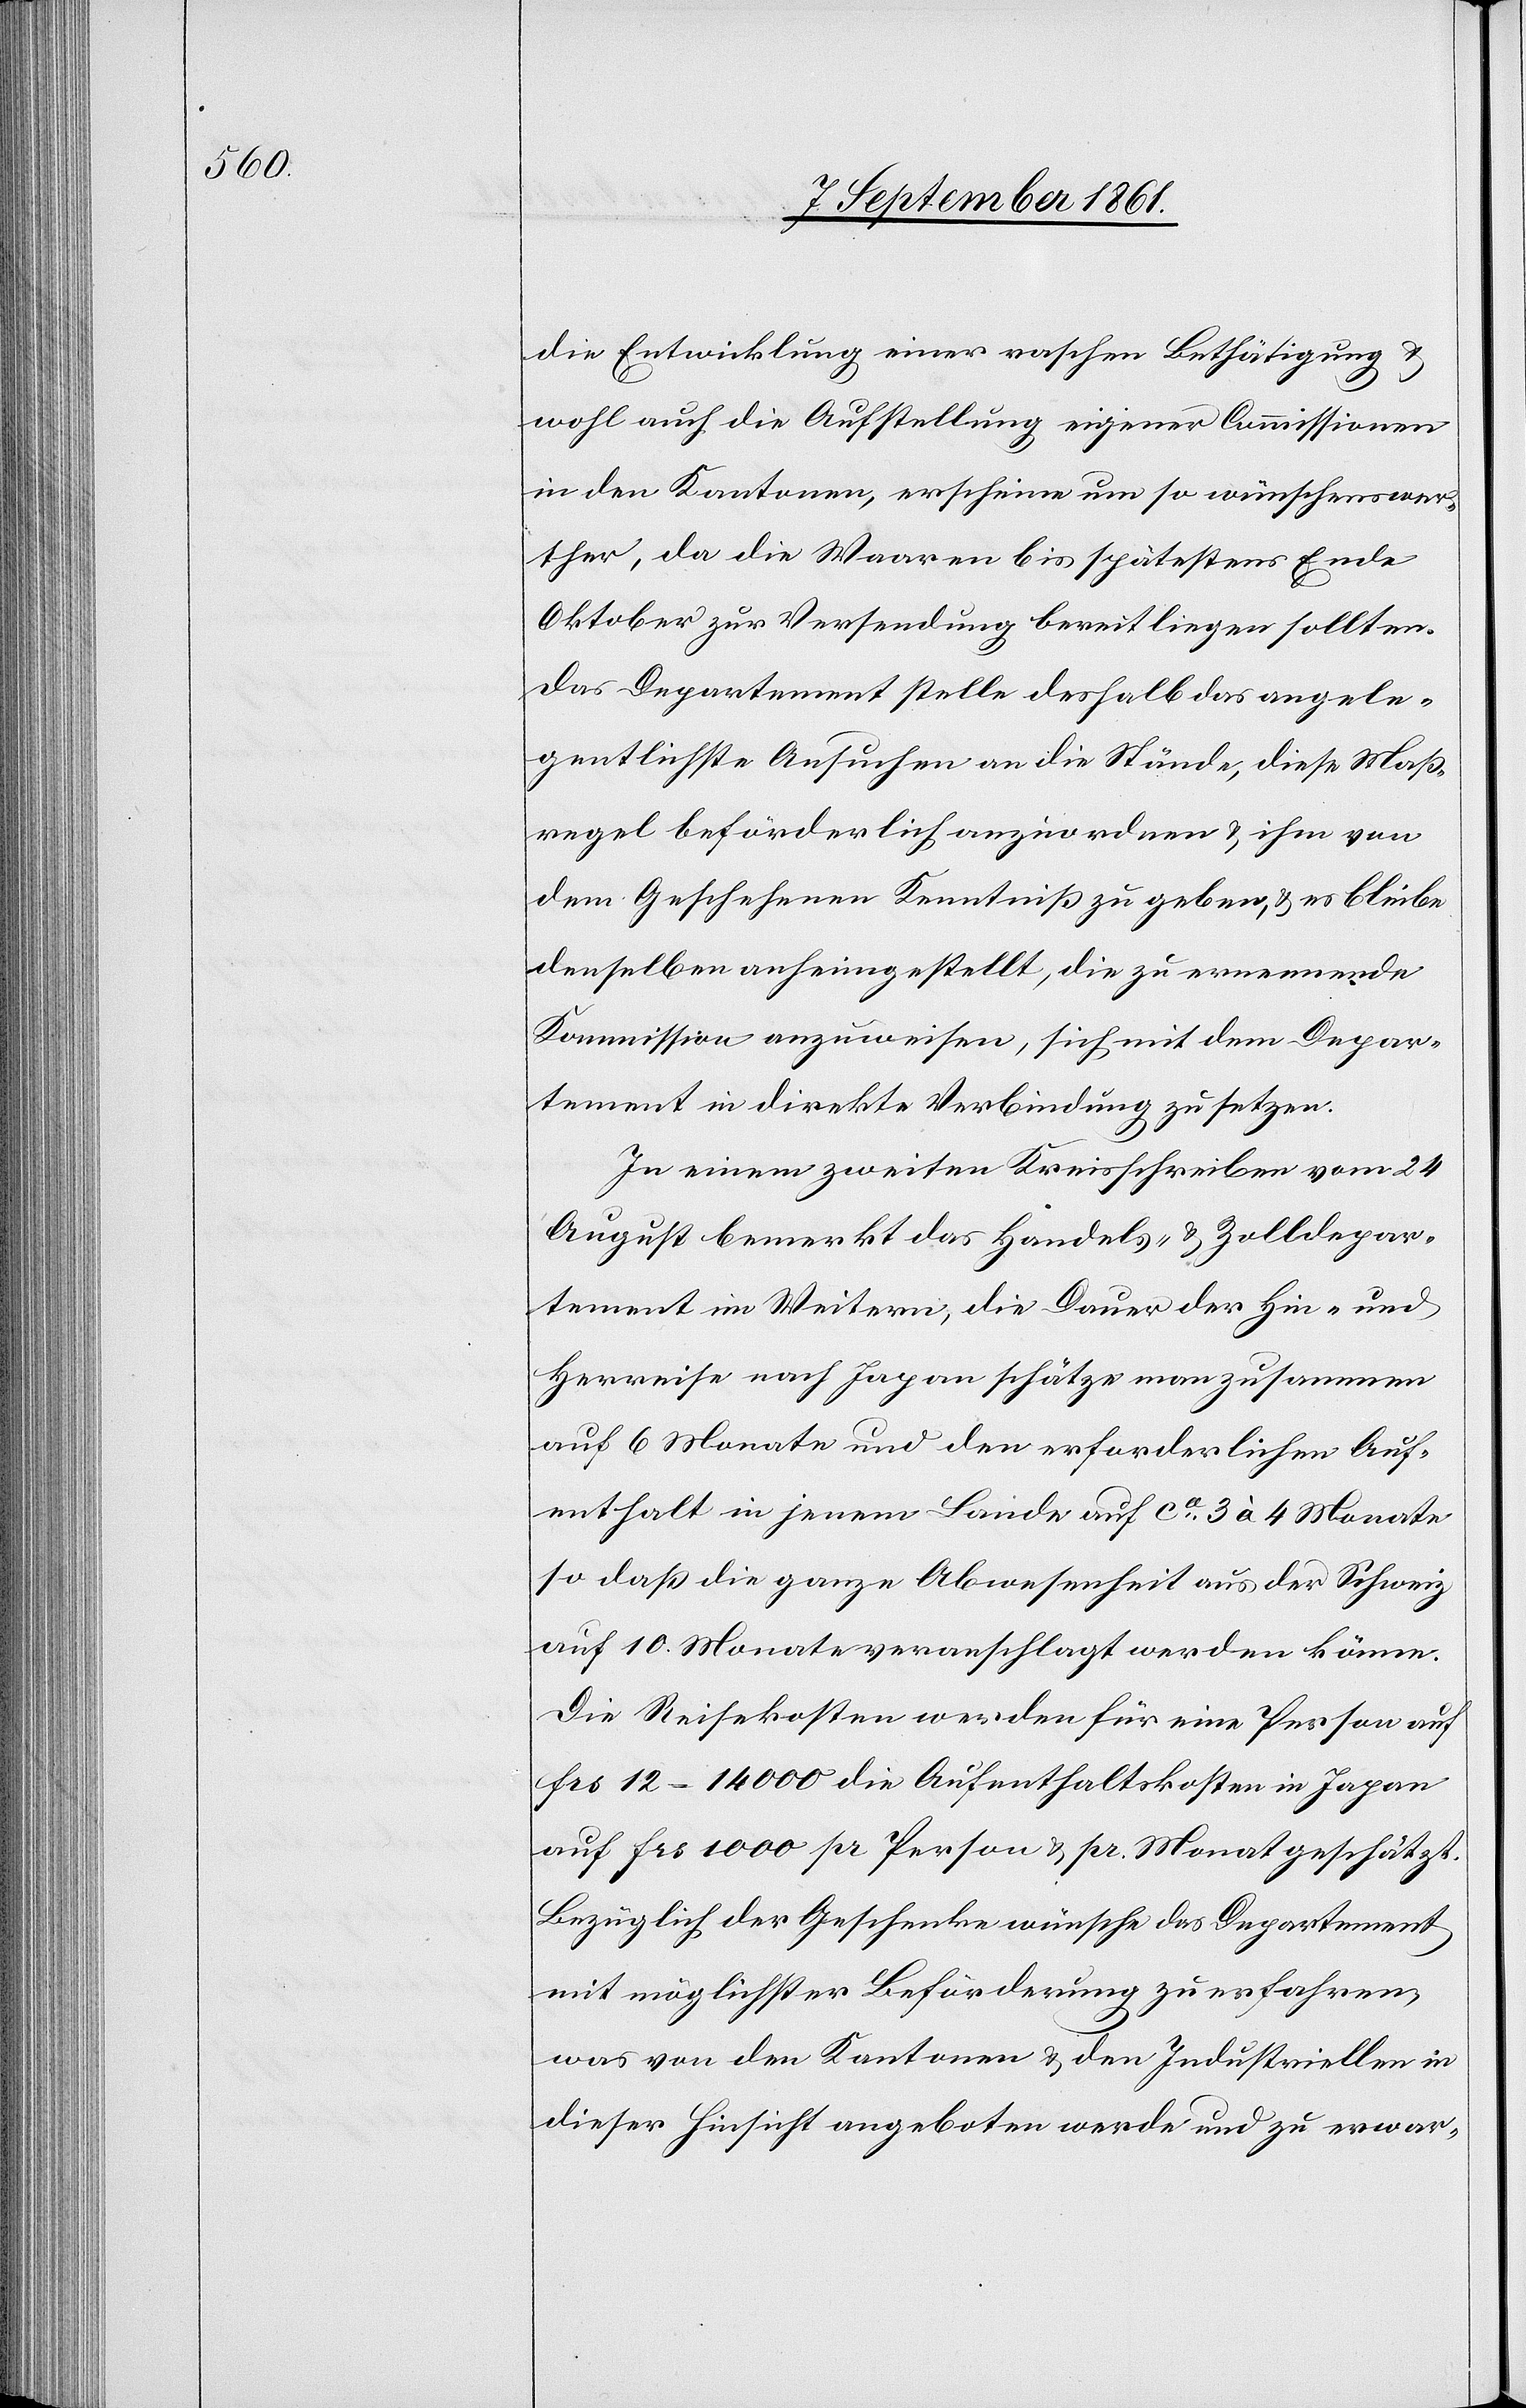
Die Entwicklung einer raschen Bethätigung u.
wohl auch die Aufstellung eigener Commissionen
in den Kantonen, erscheine um so wünschenswer¬
ther, da die Waaren bis spätestens Ende
Oktober zur Versendung bereit liegen sollten.
Das Departement stelle deshalb das angele¬
gentlichste Ansuchen an die Stände, diese Maß¬
regel beförderlich anzuordnen u. ihm von
dem Geschehenen Kenntniß zu geben, u. es bliebe
denselben anheimgestellt, die zu ernennende
Kommission anzuweisen, sich mit dem Depar¬
tement in direkte Verbindung zu setzen.
In einem zweiten Kreisschreiben vom 24
August bemerkt das Handels- u. Zolldepar¬
tement im Weitern, die Dauer der Hin- und
Herreise nach Japan schätze man zusammen
auf 6 Monate und den erforderlichen Auf¬
enthalt in jenem Lande auf ca 3 à 4 Monate
so daß die ganze Abwesenheit aus der Schweiz
auf 10 Monate veranschlagt werden könne.
Die Reisekosten werden für eine Person auf
frs 12–14000 die Aufenthaltskosten in Japan
auf frs 1000 pr Person u. pr. Monat geschätzt.
Bezüglich der Geschenke wünsche des Departement
mit möglichster Beförderung zu erfahren,
was von den Kantonen u. den Industriellen in
dieser Hinsicht angeboten werde und zu erwar-